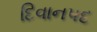
દિવાનપદ